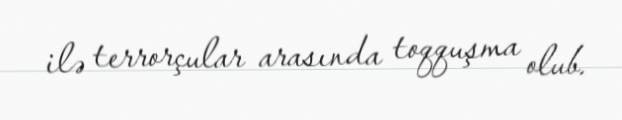
ilə terrorçular arasında toqquşma olub.